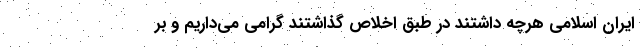
ایران اسلامی هرچه داشتند در طبق اخلاص گذاشتند گرامی می‌داریم و بر